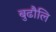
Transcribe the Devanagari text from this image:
बुढौलि